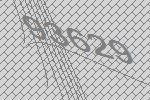
93629